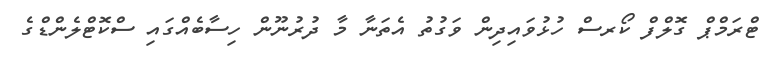
ޓްރަމްޕް ގޮލްފް ކޯރސް ހުޅުވައިދިން ވަގުތު އެތަނާ މާ ދުރުނޫން ހިސާބެއްގައި ސްކޮޓްލެންޑްގެ